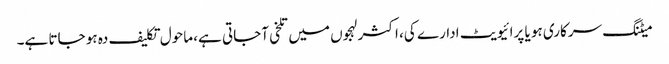
میٹنگ سرکاری ہو یا پرائیویٹ ادارے کی، اکثر لہجوں میں تلخی آجاتی ہے، ماحول تکلیف دہ ہو جاتا ہے۔